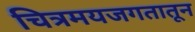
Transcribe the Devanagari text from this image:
चित्रमयजगतातून